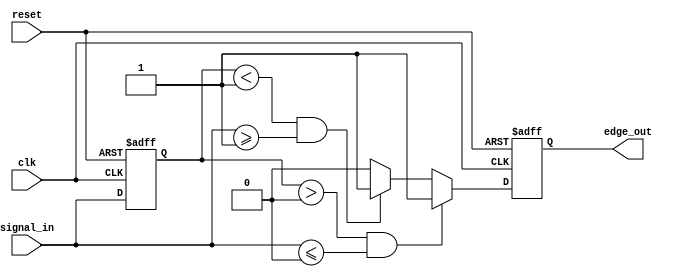
module SchmittTriggerEdgeDetector (
    input wire clk,                // Clock input
    input wire reset,              // Asynchronous reset input
    input wire signal_in,          // Input signal to be monitored
    output reg edge_out            // Output signal indicating edge detection
);

    // Parameters for hysteresis thresholds
    parameter TH_PLUS = 1'b1;     // Upper threshold for rising edge
    parameter TH_MINUS = 1'b0;     // Lower threshold for falling edge

    // Memory element to store the previous state
    reg prev_state;

    // Edge detection logic
    always @(posedge clk or posedge reset) begin
        if (reset) begin
            prev_state <= 1'b0;      // Reset previous state
            edge_out <= 1'b0;        // Reset edge output
        end else begin
            // Default output
            edge_out <= 1'b0;

            // Rising edge detection
            if (prev_state < TH_PLUS && signal_in >= TH_PLUS) begin
                edge_out <= 1'b1;      // Rising edge detected
            end
            
            // Falling edge detection
            if (prev_state > TH_MINUS && signal_in <= TH_MINUS) begin
                edge_out <= 1'b1;      // Falling edge detected
            end
            
            // Update previous state
            prev_state <= signal_in;
        end
    end

endmodule